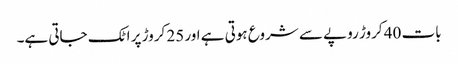
بات 40 کروڑ روپے سے شروع ہوتی ہے اور 25 کروڑ پر اٹک جاتی ہے۔